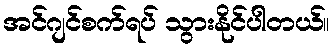
အင်ဂျင်စက်ရပ် သွားနိုင်ပါတယ်။